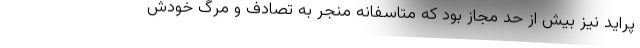
پراید نیز بیش از حد مجاز بود که متاسفانه منجر به تصادف و مرگ خودش